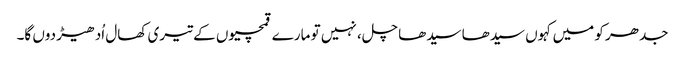
جدھر کو میں کہوں سیدھا سیدھا چل، نہیں تو مارے قمچیوں کے تیری کھال اُدھیڑ دوں گا۔